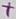
Text: +